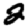
Digit: 2